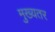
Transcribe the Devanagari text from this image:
मुख्यतर